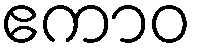
ဧကာဝ